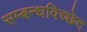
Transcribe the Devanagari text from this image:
सम्बन्धविच्छेद